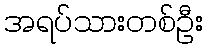
အရပ်သားတစ်ဦး